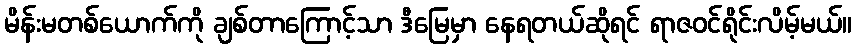
မိန်းမတစ်ယောက်ကို ချစ်တာကြောင့်သာ ဒီမြေမှာ နေရတယ်ဆိုရင် ရာဇဝင်ရိုင်းလိမ့်မယ်။